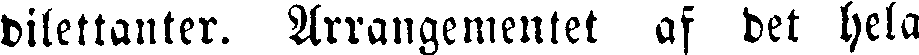
dilettanter. Arrangementet af det hela